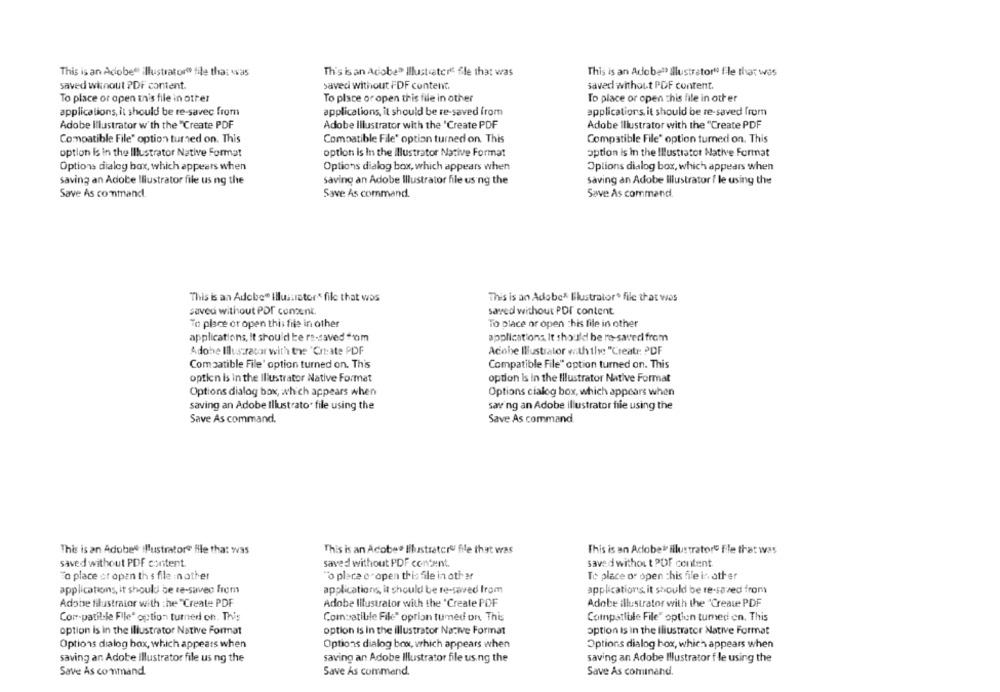
This is an Adobe illustrator@ file that was
Th's is an Adobe Illustratorit file that was
This is an Adobe Illustrator" file that was
saved without PDF content.
saved without FDF content.
saved without PDF content.
To place or open this file in other
To place or open this file in other
To place or open this file in other
applications, it should be re-savec from
applications, it should be re-saved from
applications, it should be re-saved from
Adobe Illustrator with the "Create PDF
Adobe Illustrator w'th the "Create PDF
Adobe Illustrator with the 'Create PDF
Compatible File' option turned on. This
Compatible File' option turned on. This
Compatible File' option turned on. This
option is in the Illustrator Native Format
option is In the illustrator Native Format
option is in the Illustrator Native Format
Options dialog box, which appears when
Options dialog box, which appears when
Options dialog box, which appears when
saving an Adobe Illustrator file us ng the
saving an Adobe Illustrator file using the
saving an Adobe Illustrator f le using the
Save As command.
Save As command.
Save As command.
This is an Adobe Illustrator* file that was
This is an Adobe* [ilustrator" file that was
saveu without PDT content.
saved without PDF content
To place or open this file in other
To place or open this file in other
applications, it should be re-saved om
applications, It should be re-saved from
Adobe Illustrator with the "Create PDF
Adobe Illustrator with the "Create PDF
Compatible File' option turned on. This
Compatible File" option turned on. This
option is in the Illustrator Native Format
option is in the Illustrator Native Format
Options dialog box, which appears when
Options cialog box, which appears when
saving an Adobe Illustrator file using the
saving an Adobe illustrator file using the
Save As command.
Save As command
This is an Adobe illustrator@ file that was
This is an Adobe Illustrator" file that was
This is an Adobe illustrator" file that was
saved without PDF content.
saved without PDF content.
saved without PDF content
a place of open th s file inother
"o place e ' open this file in oth ar
To place or open this file is ather
applications, it should be re-savec from
applications, it should be re-saved from
applications. it should be re-saved from
Adobe filustrator with the "Create PDF
Adobe Illustrator with the 'Create PDF
Adobe illustrator with the "Create PDF
Compatibile File' option turned on. This
Compatible File" option tumed on This
Compatible File" option tumed en. This
option is in the Illustrator Native Format
option is in the illustrator Native Format
option is in the Illustrator Native Format
Options dialog box, which appears when
Options dialog box, which appears when
Options dialog box, which appears when
saving an Adobe Illustrator file us ng the
saving an Adobe Illustrator file using the
saving an Adobe Illustrator f le using the
Save As command
Save As command.
Save As cominand.